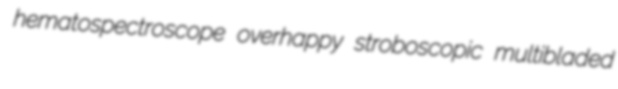
hematospectroscope overhappy stroboscopic multibladed